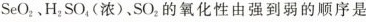
SeO_{2}、H_{2}SO_{4}、(浓)SO_{2}的氧化性由强到弱的顺序是